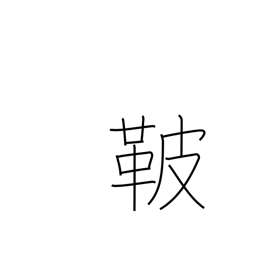
Meaning: saddle cover